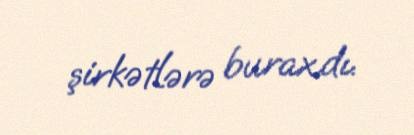
şirkətlərə buraxdı.